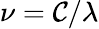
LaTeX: \nu=\mathcal{C}/\lambda